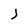
Character: j